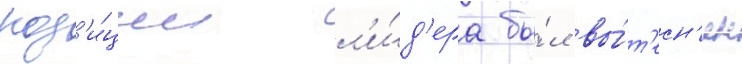
поз'и́ции л'и́д'ера бы́л вы́т'есн'ен